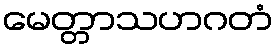
မေတ္တာသဟဂတံ